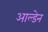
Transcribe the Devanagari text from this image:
आल्डेन